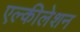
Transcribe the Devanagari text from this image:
एल्कीलेशन